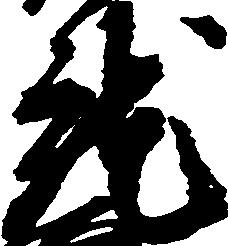
就